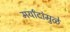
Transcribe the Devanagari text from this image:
मर्यांदांमुळे